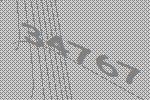
34767